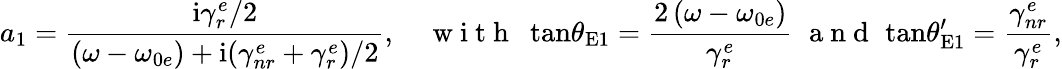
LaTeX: a_{1}=\frac{\mathrm{i}\gamma_{r}^{e}/2}{\left(\omega-\omega_{0e}\right)+\mathrm{i}(\gamma_{nr}^{e}+\gamma_{r}^{e})/2},\quad\mathrm{~w~i~t~h~}\, \, \, \mathrm{tan}\theta_{\mathrm{E}1}=\frac{2\left(\omega-\omega_{0e}\right)}{\gamma_{r}^{e}}\, \, \mathrm{~a~n~d~}\, \, \mathrm{tan}\theta_{\mathrm{E}1}^{\prime}=\frac{\gamma_{nr}^{e}}{\gamma_{r}^{e}},